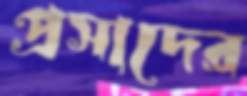
প্রসাদের